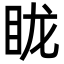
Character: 眬